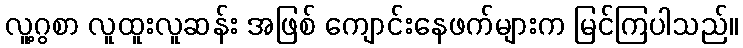
လူ့ဂွစာ လူထူးလူဆန်း အဖြစ် ကျောင်းနေဖက်များက မြင်ကြပါသည်။